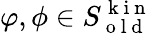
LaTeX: \varphi,\phi\in S_{\mathrm{~o~l~d~}}^{\mathrm{~k~i~n~}}